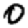
Digit: 0